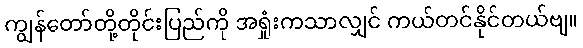
ကျွန်တော်တို့တိုင်းပြည်ကို အရှုံးကသာလျှင် ကယ်တင်နိုင်တယ်ဗျ။